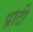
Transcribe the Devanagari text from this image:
प्राटी